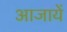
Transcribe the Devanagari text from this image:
आजायें